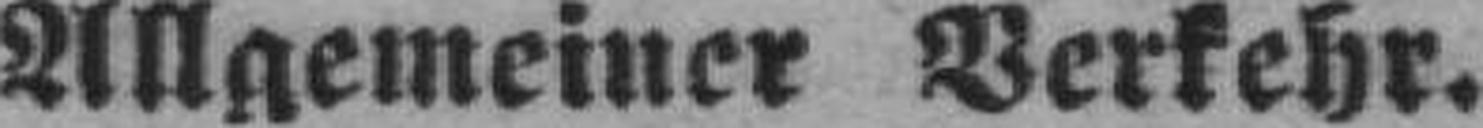
Allgemeiner Verkehr.